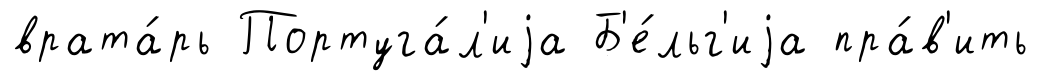
врата́рь Португа́л'иjа Б'е́льг'иjа пра́в'ить